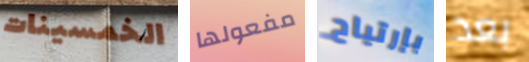
الخمسينات مفعولها بإرتياح بعد